Vaccination in Bombay 1924-1928 - 1924-1928
Year: 1924
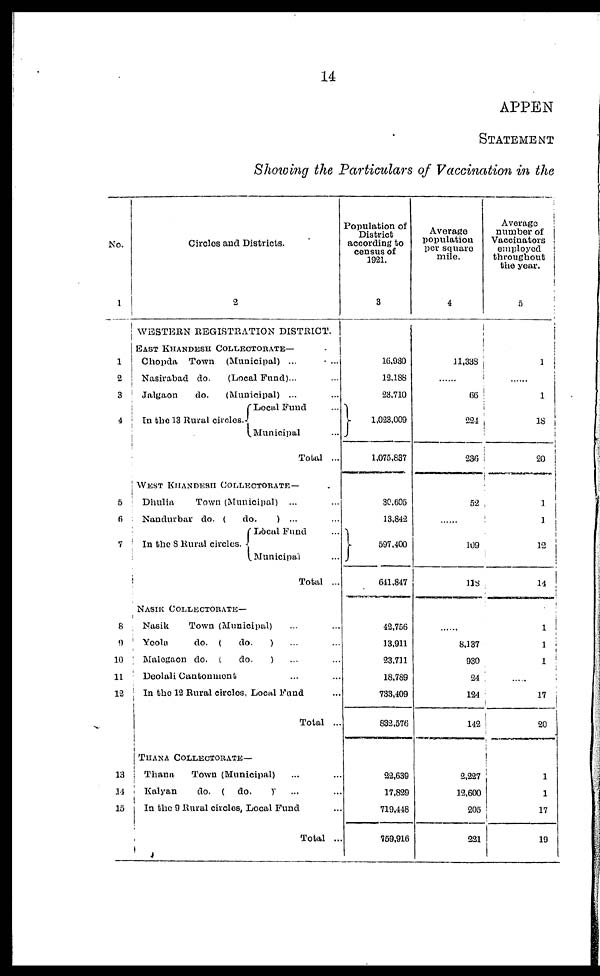
14
APPEN
STATEMENT
Showing the Particulars of Vaccination in the
No.
1
1
2
3
4
5
6
7
8
9
10
11
12
13
14
15
Circles and Districts.
2
WESTERN REGISTRATION DISTRICT.
EAST KHANDESH COLLECTORATE—
Chopda Town (Municipal) ...
...
Nasirabad do.
(Local Fund)... ...
Jalgaon
do.
(Municipal) ... ...
In the 13 Rural circles.
Local Fund ...
Municipal ...
Total ...
WEST KHANDESH COLLECTORATE —
Dhulia
Town (Municipal) ... ...
Nandurbar do. (
do.
) ... ...
In the 8 Rural circles.
Local Fund ...
Municipal ...
Total ...
NASIK COLLECTORATE—
Nasik
Town (Municipal) ... ...
Yeola
do. (
do.
) ... ...
Malogaon do. (
do.
) ... ...
Deolali Cantonment ... ...
In the 12 Rural circles, Local Fund ...
Total ...
THANA COLLECTORATE—
Thana
Town (Municipal) ... ...
Kalyan
do. ( do.
) ... ...
In the 9 Rural circles, Local Fund ...
Total ...
Population of
District
according to
census of
1921.
3
16,930
12,188
23,710
1,023,009
1,075,837
30,605
13,842
597,400
641,847
42,756
13,911
23,711
18,789
733,409
832,576
22,639
17,829
719,448
759,916
Average
population
per square
mile.
4
11,338
......
66
224
236
52
......
109
118
......
8,137
930
24
124
142
2,227
12,600
205
221
Average
number of
Vaccinators
employed
throughout
the year.
5
1
......
1
18
20
1
1
12
14
1
1
1
......
17
20
1
1
17
19